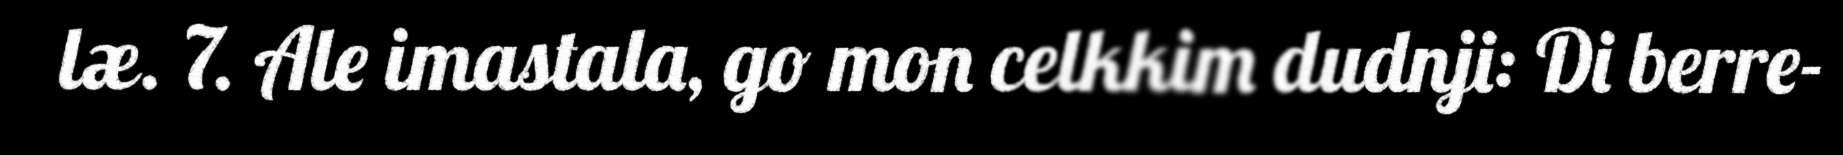
læ. 7. Ale imastala, go mon celkkim dudnji: Di berre-